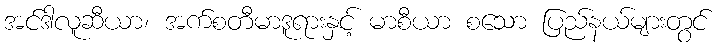
အင်ဒါလူဆီယာ၊ အက်စတီမာဒူရားနှင့် မာစီယာ စသော ပြည်နယ်များတွင်